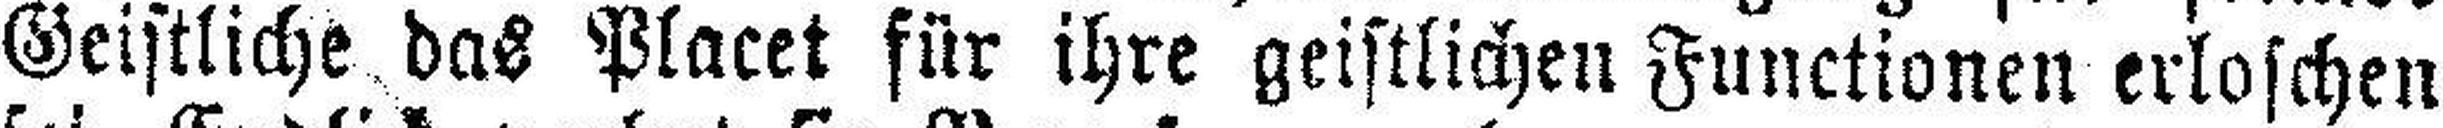
Geistliche das Placet für ihre geistlichen Functionen erloschen